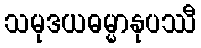
သမုဒယဓမ္မာနုပဿီ